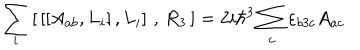
LaTeX: \sum _ { i } \left[ \, \left[ \left[ A _ { a b } , L _ { i } \right] , L _ { i } \right] \, , \, R _ { 3 } \, \right] = 2 i \hbar ^ { 3 } \sum _ { c } \varepsilon _ { b 3 c } A _ { a c }